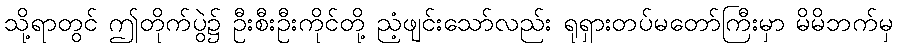
သို့ရာတွင် ဤတိုက်ပွဲ၌ ဦးစီးဦးကိုင်တို့ ညံ့ဖျင်းသော်လည်း ရုရှားတပ်မတော်ကြီးမှာ မိမိဘက်မှ